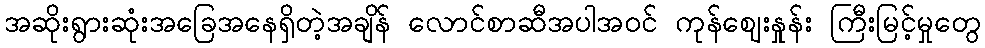
အဆိုးရွားဆုံးအခြေအနေရှိတဲ့အချိန် လောင်စာဆီအပါအဝင် ကုန်ဈေးနှုန်း ကြီးမြင့်မှုတွေ